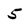
Character: 5